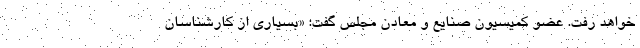
خواهد رفت. عضو کمیسیون صنایع و معادن مجلس گفت: «بسیاری از کارشناسان